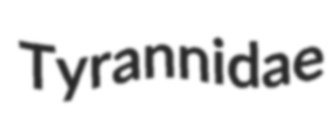
Tyrannidae